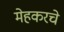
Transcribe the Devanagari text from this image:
मेहकरचे